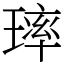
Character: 㻭